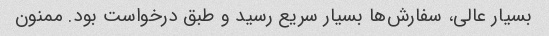
بسیار عالی، سفارش‌ها بسیار سریع رسید و طبق درخواست بود. ممنون